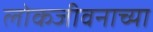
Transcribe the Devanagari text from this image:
लोकजीवनाच्या